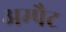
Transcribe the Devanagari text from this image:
अम्पैट